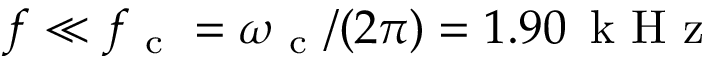
f \ll f _ { \mathrm { ~ c ~ } } = \omega _ { \mathrm { ~ c ~ } } / ( 2 \pi ) = 1 . 9 0 \, \mathrm { ~ k ~ H ~ z ~ }